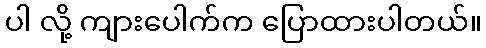
ပါ လို့ ကျားပေါက်က ပြောထားပါတယ်။